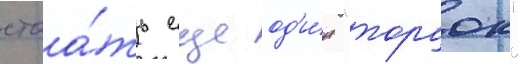
стоа́ть еще од'и́н "торчок"